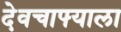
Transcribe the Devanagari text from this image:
देवचाफ्याला